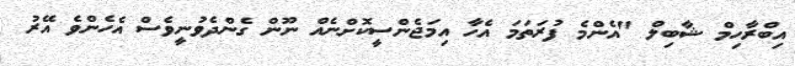
އިބްރާހިމް ޝާބިލް "އެންމެ ފުރަތަމަ އެހާ އިމަޖެންސީކޮށްނެއް ނޫން ގެންދެވުނީވެސް އެހެންވެ އޭރު